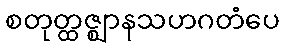
စတုတ္ထဇ္ဈာနသဟဂတံပေ